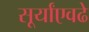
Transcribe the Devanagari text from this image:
सूर्यांएवढे